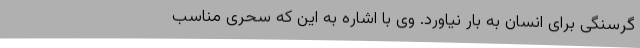
گرسنگی برای انسان به بار نیاورد. وی با اشاره به این که سحری مناسب